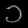
Digit: ၁